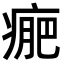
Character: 𤷂